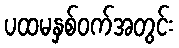
ပထမနှစ်ဝက်အတွင်း